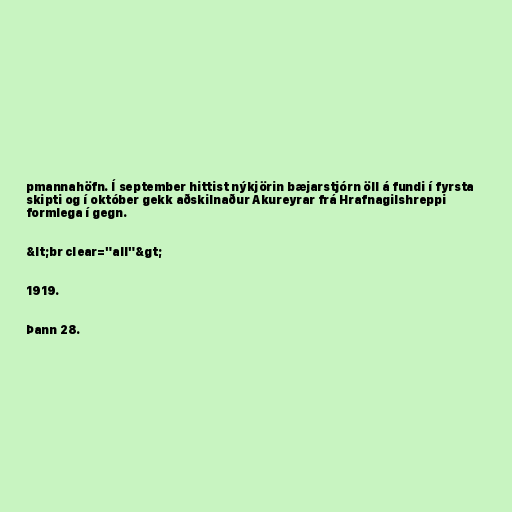
pmannahöfn. Í september hittist nýkjörin bæjarstjórn öll á fundi í fyrsta
skipti og í október gekk aðskilnaður Akureyrar frá Hrafnagilshreppi
formlega í gegn.

&lt;br clear="all"&gt;

1919.

Þann 28.